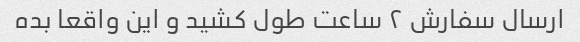
ارسال سفارش ۲ ساعت طول کشید و این واقعا بده